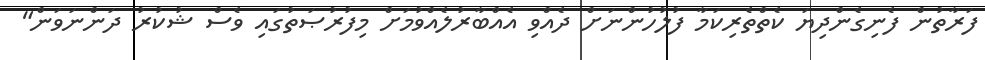
ފަރާތުން ފެނިގެންދިޔަ ކެތްތެރިކަމާ ފުލުހުންނަށް ދެއްވި އެއްބާރުލެއްވުމަށް މިފުރުޞަތުގައި ވެސް ޝުކުރު ދަންނަވަން"